Vaccination report Assam 1896-1927 - 1896-1927
Year: 1896
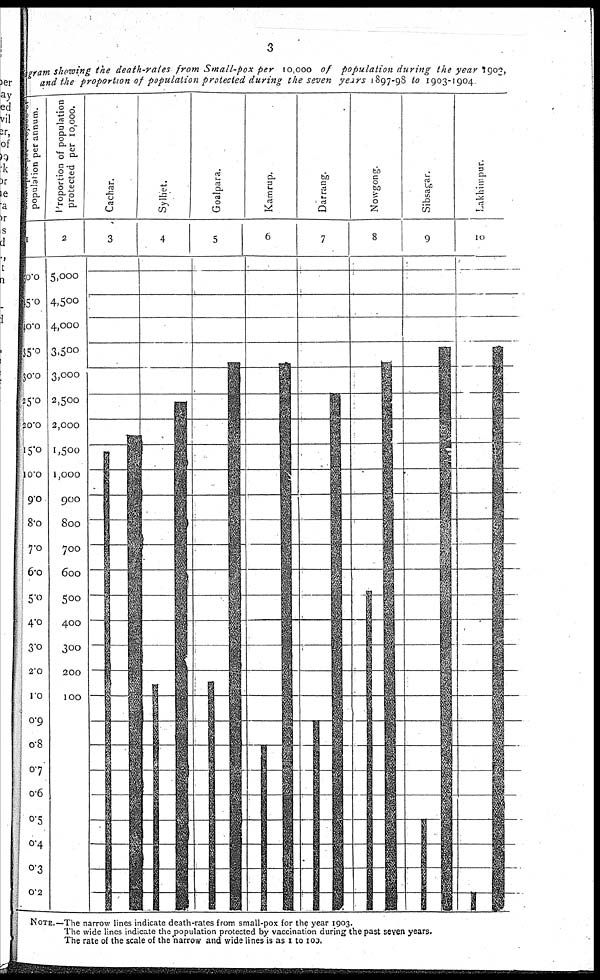
3
gram showing the death-rates from Small-pox per 10,000 of population during the year 1903,
and the proportion of population protected during the seven years 1897-98 to 1903-1904
NOTE.—The narrow lines indicate death-rates from small-pox for the year 1903.
The wide lines indicate the population protected by vaccination during the past seven years.
The rate of the scale of the narrow and wide lines is as 1 to 103.